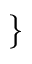
\}